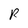
Character: R